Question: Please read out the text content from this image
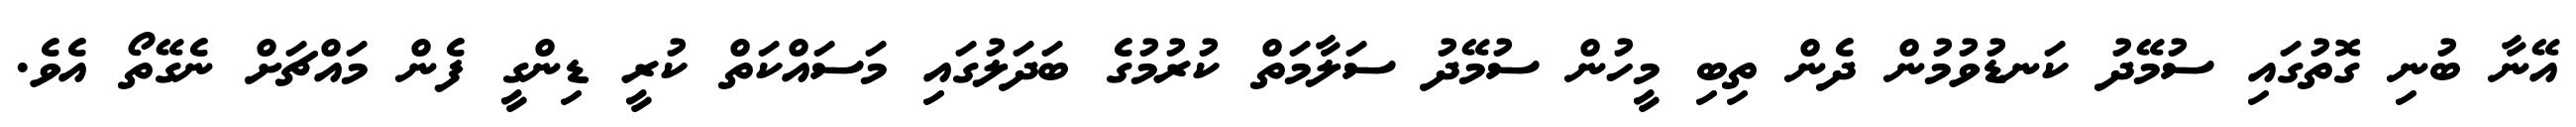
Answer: އޭނާ ބުނި ގޮތުގައި ސުމޭދު ކަނޑުވުމުން ދެން ތިބި މީހުން ސުމޭދު ސަލާމަތް ކުރުމުގެ ބަދަލުގައި މަސައްކަތް ކުރީ ޑިންގީ ފެން މައްޗަށް ނެގޭތޯ އެވެ.